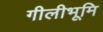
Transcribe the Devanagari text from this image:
गीलीभूमि